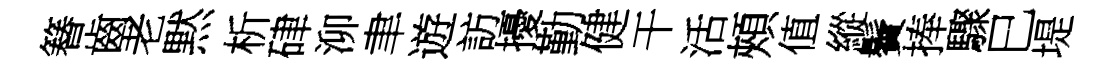
簮齒老黙析硉泖聿遊訪擾勤健干活頰值縱鬢捧驟巳堤